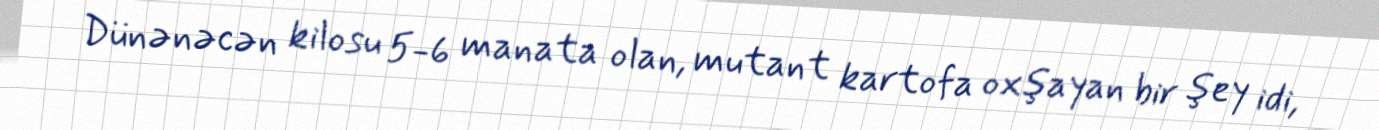
Dünənəcən kilosu 5-6 manata olan, mutant kartofa oxşayan bir şey idi,